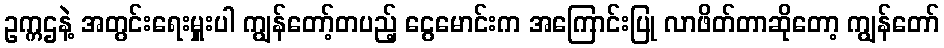
ဥက္ကဌနဲ့ အတွင်းရေးမှူးပါ ကျွန်တော့်တပည့် ငွေမောင်းက အကြောင်းပြု လာဖိတ်တာဆိုတော့ ကျွန်တော်